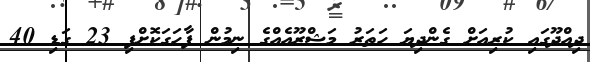
ދިއްދޫގައި ކުރިއަށް ގެންދިޔަ ހަތަރު މަޝްރޫއެއްގެ ނިމުން ފާހަގަކޮށްފި 23 ގަޑި 40